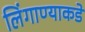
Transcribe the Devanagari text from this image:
लिंगाण्याकडे